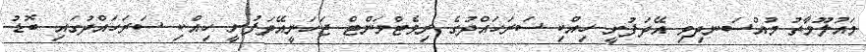
މައުލޫމާތު މުއްސަނދިވި އޭދަފުށީ ހިއްކި ސަރަހައްދުގެ ރިވެޓްމަންޓް ޖަހަނީއޭދަފުށީ ހިއްކި ސަރަހައްދުގައި ބޮޑު